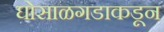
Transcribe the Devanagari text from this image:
घोसाळगडाकडून